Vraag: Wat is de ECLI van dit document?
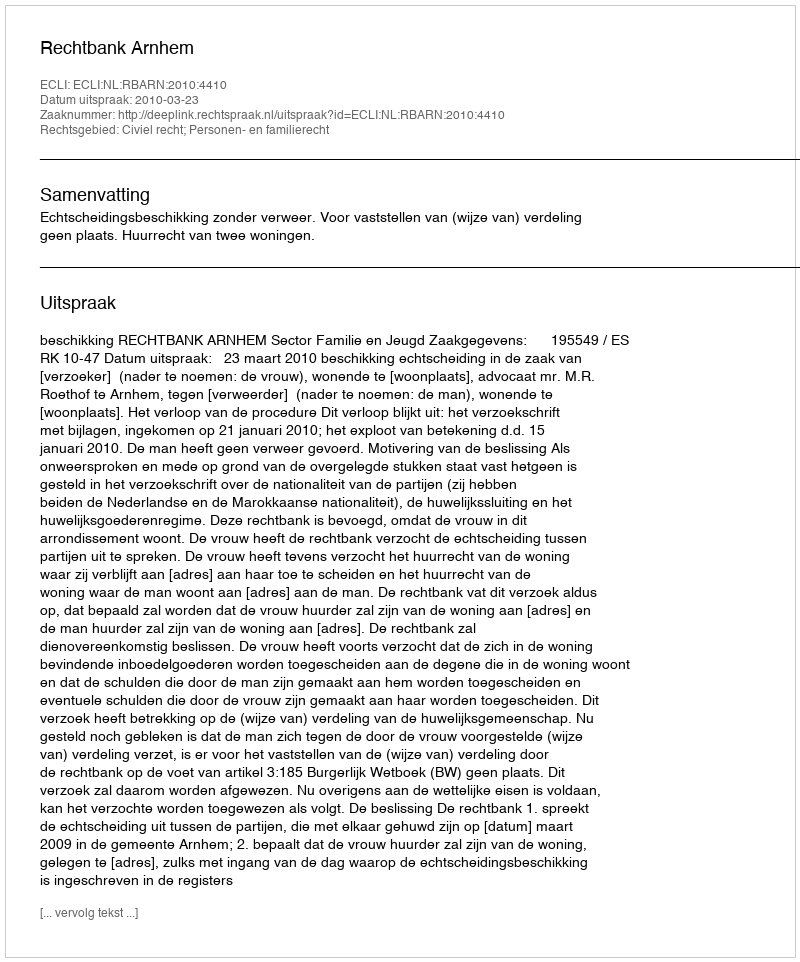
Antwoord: ECLI:NL:RBARN:2010:4410